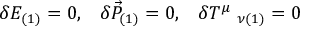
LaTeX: \delta { \cal { E } } _ { ( 1 ) } = 0 , \; \; \; \delta \vec { { P } } _ { ( 1 ) } = 0 , \; \; \; \delta { T } ^ { \mu } \; _ { \nu ( 1 ) } = 0